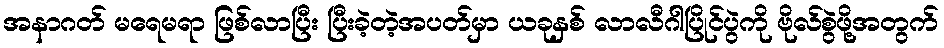
အနာဂတ် မရေမရာ ဖြစ်လာပြီး ပြီးခဲ့တဲ့အပတ်မှာ ယခုနှစ် လာလီဂါပြိုင်ပွဲကို ဗိုလ်စွဲဖို့အတွက်